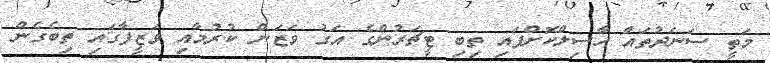
މަތީ ސަނަދުތައް ހާސިލްކޮށްފައި ތިބި ޓީޗަރުންގެ އަގު ވަޒަން ކުރުމާއި ވަޒީފާގައި ތިބެގެން